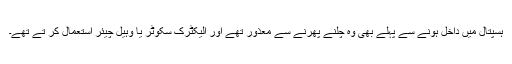
ہسپتال میں داخل ہونے سے پہلے بھی وہ چلنے پھرنے سے معذور تھے اور الیکٹرک سکوٹر یا وہیل چیئر استعمال کر تے تھے۔